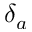
\delta _ { a }